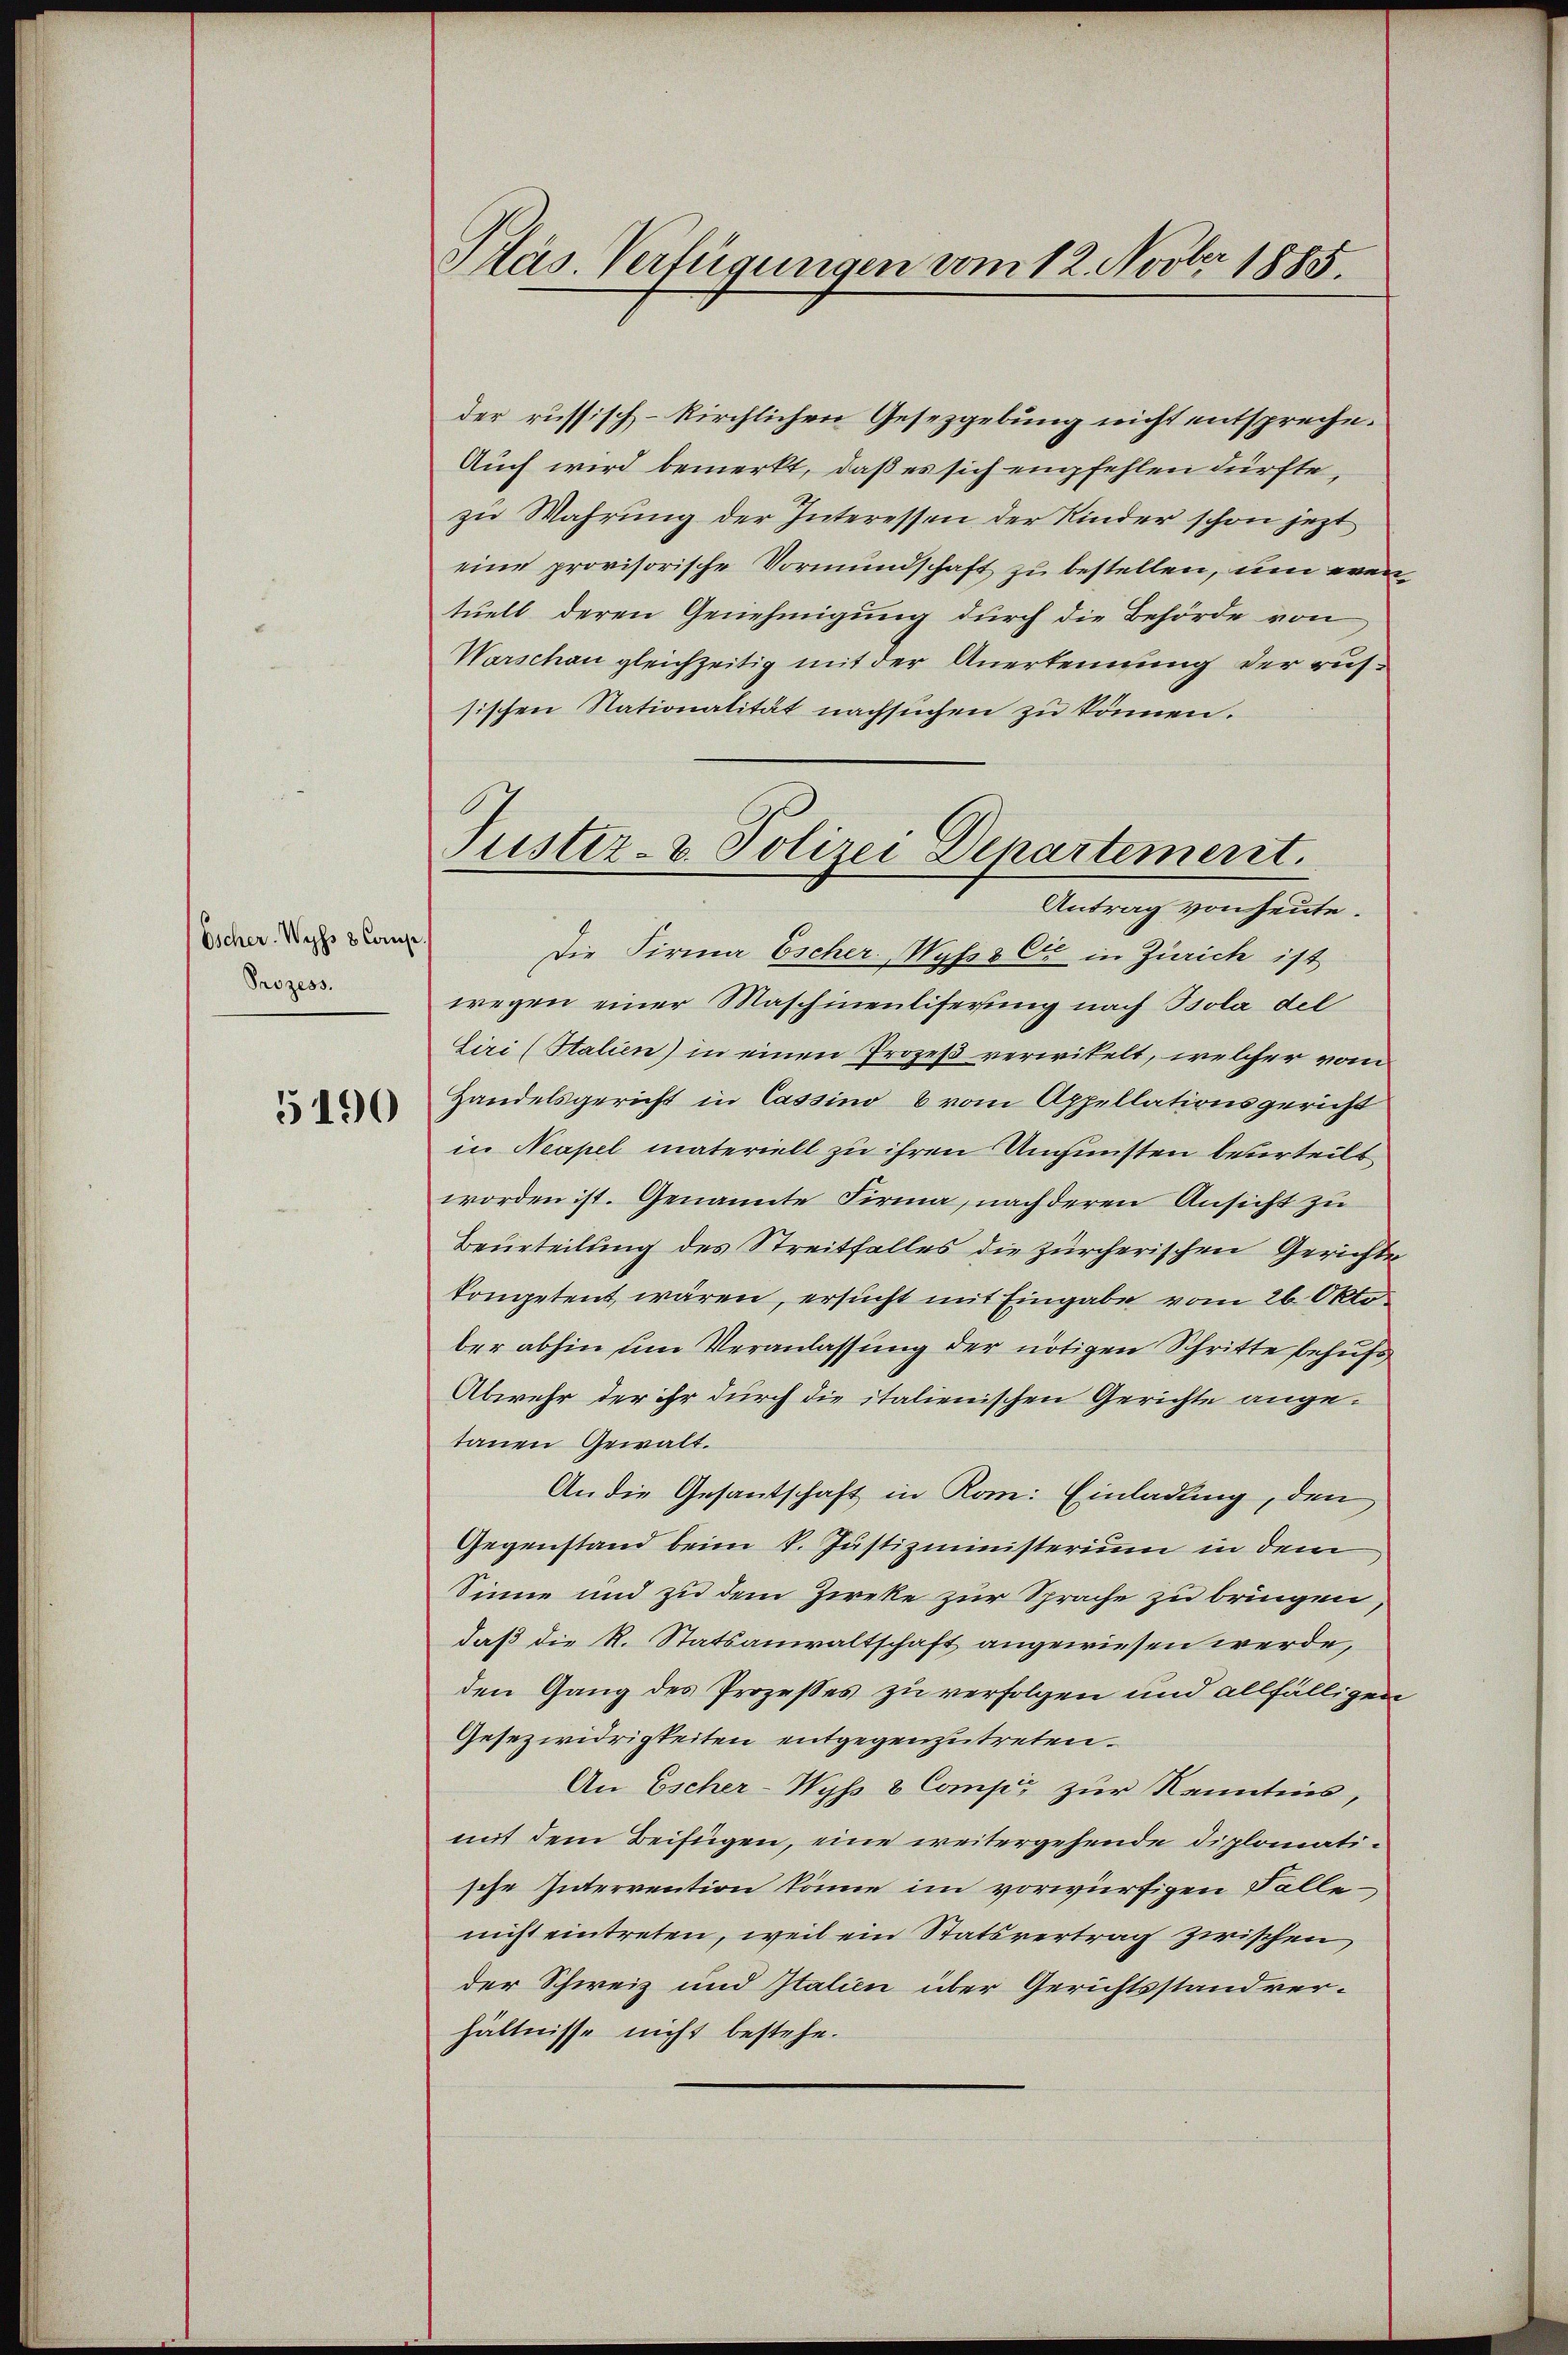
Escher. Wyss 8 Comp
Prozess.

5190

Pläs. Verfügungen vom 12. Novber 1885.

der russisch-kirchlichen Gesetzgebung nicht entspreche.
Auch wird bemerkt, daß es sich empfehlen dürfte,
zu Wahrung der Interessen der Kinder schon jezt
eine provisorische Vormundschaft zu bestellen, um eventuell deren Genehmigung durch die Behörde von
Warschen gleichzeitig mit der Anerkennung der russischen Nationalität nachsuchen zu können.
Die Firma Escher. Wyss Ei in Zürich ist
wegen einer Maschinenliferung nach Bsola del
Liri (Italien) in einen Prozeß verwitelt, welcher vom
Handelsgericht in Cassino 6 vom Appellationsgericht
in Neapel materiell zu ihren Ungünsten beurteilt
worden ist. Genannte Firma, nach deren Ansicht zu
Beurteilung des Streitfalles die zürcherischen Gerichte
kompetent wären, ersucht mit Eingabe vom 26. Okto
ber abhin um Veranlassung der nötigen Schritte behufs
Abwehr der ihr durch die italienischen Gerichte angetanen Gewalt.
An die Gesantschaft in Rom: Einladung, den
Gegenstand beim V. Justizministerium in dem
Sinne und zu dem Zirke zur Sprache zu bringen
daß die R. Statsanwaltschaft angewiesen werde,
den Gang des Prozesses zu verfolgen und allfälligen
Gesezwidrigkeiten entgegenzutreten.
An Escher-Wyß & Comp: zur Kenntnis,
mit dem Beifügen, eine weitergehende diplomatische Intervention könne im vorwürfigen Falle
nicht eintreten, weil ein Statsvertrag zwischen
der Schweiz und Italien über Gerichtsstand verhältnisse nicht bestehe.

Puster- & Polizei Departement.
Antrag von heute.